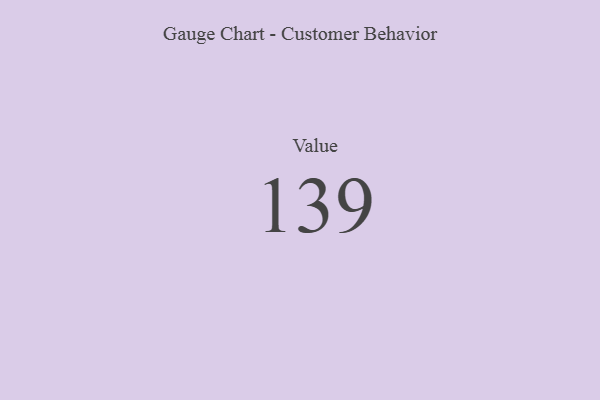
{"axis": {"x": "Metric", "y": "Value"}, "legend": [""], "data": [{"x": "Value", "y": 139, "type": ""}]}